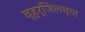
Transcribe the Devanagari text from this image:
व्हर्जिलच्या